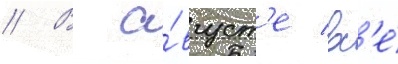
// В а́вгуст'е вс'е́